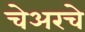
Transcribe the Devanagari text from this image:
चेअरचे